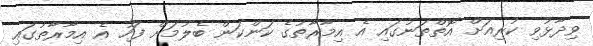
ވިދާޅުވި ކުރިއަށް އޮތްތަނުގައި އެ އިމާރާތުގެ ކަންކަން ބެލުމަށް ފަހު އެ އިމާރާތުގައި